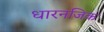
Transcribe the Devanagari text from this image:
धारनजिक